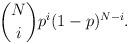
LaTeX: \begin{align*}\binom{N}{i} p^i (1-p)^{N-i}.\end{align*}